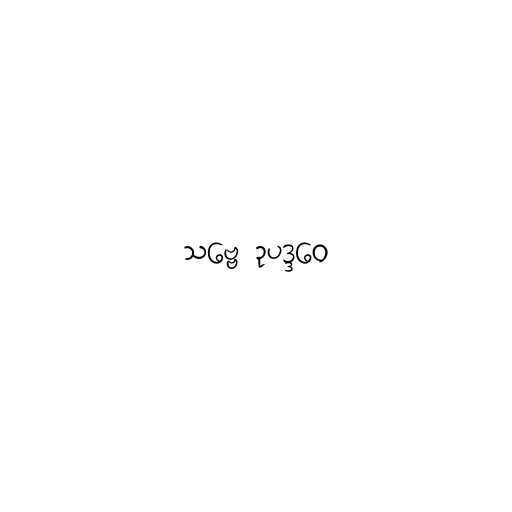
သဗ္ဗေ ဥပဒ္ဒဝေ